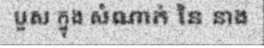
បួស ក្នុង សំណាក់ នៃ នាង